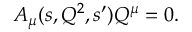
A _ { \mu } ( s , Q ^ { 2 } , s ^ { \prime } ) Q ^ { \mu } = 0 .